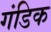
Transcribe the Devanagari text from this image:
गंडिक